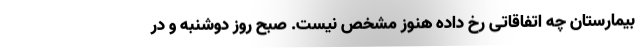
بیمارستان چه اتفاقاتی رخ داده هنوز مشخص نیست. صبح روز دوشنبه و در